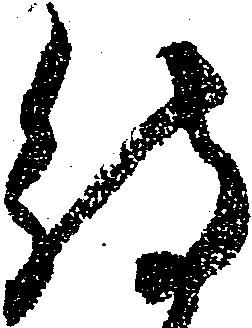
待